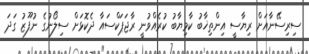
ސިރިސޭނާއަށް ރިޔާސީ އިންތިޚާބު ކާމިޔާބު ކުރެއްވުނީ ރާޖަޕަކްސައާ ދެކޮޅަށް ސިލޯނުގެ ނުފޫޒު ގަދަ